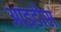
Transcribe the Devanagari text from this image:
आइडोस